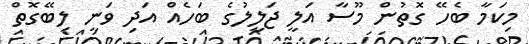
މިކަމާ ބެހޭ ގޮތުން މޫސާ އަލީ ޖަލީލުގެ ބަހެއް އަދި ވަނީ ލިބޭގޮތް